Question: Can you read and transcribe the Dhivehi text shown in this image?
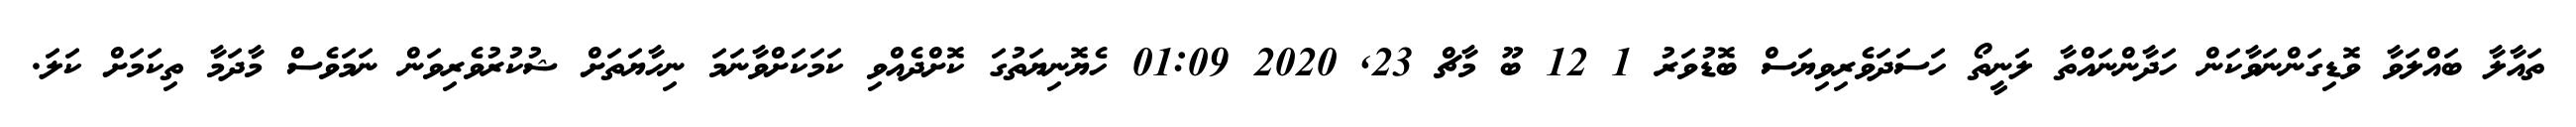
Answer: ތައާލާ ބައްލަވާ ވޮޑިގަންނަވާކަން ހަދާންނައްތާ ލަނީތޯ ހަސަދަވެރިވިޔަސް ބޮޑުވަރު 1 12 ބޫ މާޗް 23, 2020 01:09 ހެޔޮނިޔަތުގަ ކޮށްދެއްވި ކަމަކަށްވާނަމަ ނިހާޔަތަށް ޝުކުރުވެރިވަން ނަމަވެސް މާދަމާ ތިކަމަށް ކަލަ.